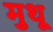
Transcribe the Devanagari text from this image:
मुथू